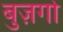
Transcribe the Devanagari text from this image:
बुज़र्गो